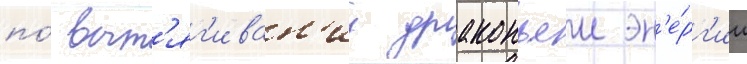
по́ выт'яг'иван'иу драконьеи эн'е́рг'ии